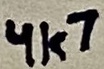
Text: 4k7